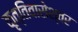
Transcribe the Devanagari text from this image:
कृत्तिवासेश्वर